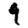
Digit: 9